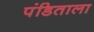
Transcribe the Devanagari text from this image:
पंडिताला